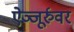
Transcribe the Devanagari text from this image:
ऐञ्जूर्रुवर